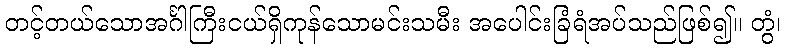
တင့်တယ်သောအင်္ဂါကြီးငယ်ရှိကုန်သောမင်းသမီး အပေါင်းခြံရံအပ်သည်ဖြစ်၍။ တွံ၊